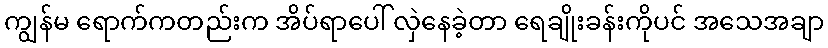
ကျွန်မ ရောက်ကတည်းက အိပ်ရာပေါ် လှဲနေခဲ့တာ ရေချိုးခန်းကိုပင် အသေအချာ